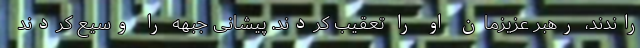
راندند، رهبر عزیزمان او را تعقیب کردند. پیشانی جبهه را وسیع کردند